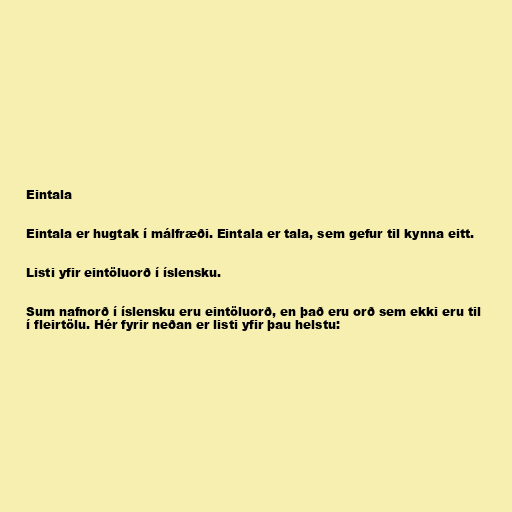
Eintala

Eintala er hugtak í málfræði. Eintala er tala, sem gefur til kynna eitt.

Listi yfir eintöluorð í íslensku.

Sum nafnorð í íslensku eru eintöluorð, en það eru orð sem ekki eru til
í fleirtölu. Hér fyrir neðan er listi yfir þau helstu: